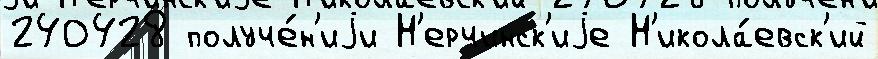
240428 получе́н'иjи Н'ерчинск'иjе Н'икола́евск'ий